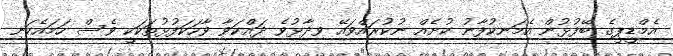
އެމްޑީޕީގެ ބޭފުޅުން އެމަނިކުފާނު ކުށެއް ނުކުރައްވައޭ ވިދާޅުވެ ދައްކަވާ ވާހަކަފުޅުތަކަކީ ވެސް ހަމައެކަނި